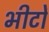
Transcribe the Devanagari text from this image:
भीटों